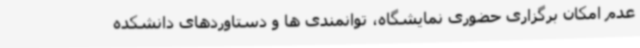
عدم امکان برگزاری حضوری نمایشگاه، توانمندی ها و دستاوردهای دانشکده